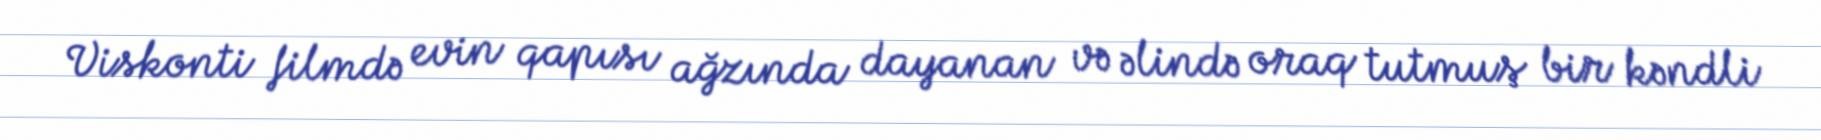
Viskonti filmdə evin qapısı ağzında dayanan və əlində oraq tutmuş bir kəndli